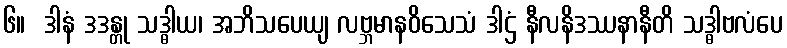
၆။  ဒါနံ ဒဒန္တု သဒ္ဓါယ၊ အဘိသပေယျ လဗ္ဘမာနဝိသေသံ ဒါဌံ နီလနိဒဿနာနီတိ သဒ္ဓါဗလံပေ